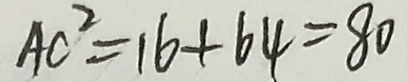
A C ^ { 2 } = 1 6 + 6 4 = 8 0